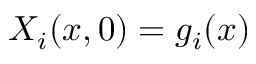
X _ { i } ( x , 0 ) = g _ { i } ( x )